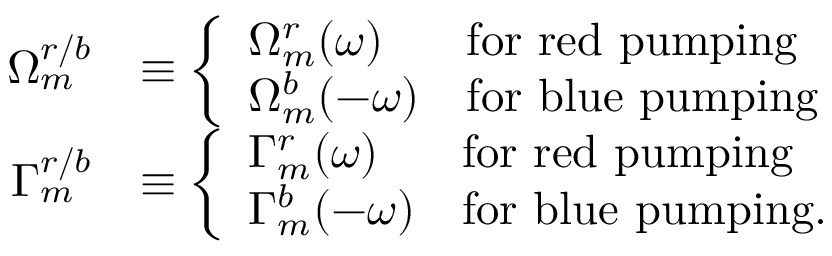
\begin{array} { r l } { \Omega _ { m } ^ { r / b } } & { \equiv \left\{ \begin{array} { l l } { \Omega _ { m } ^ { r } ( \omega ) } & { \mathrm { f o r ~ r e d ~ p u m p i n g } } \\ { \Omega _ { m } ^ { b } ( - \omega ) } & { \mathrm { f o r ~ b l u e ~ p u m p i n g } } \end{array} \right. } \\ { \Gamma _ { m } ^ { r / b } } & { \equiv \left\{ \begin{array} { l l } { \Gamma _ { m } ^ { r } ( \omega ) } & { \mathrm { f o r ~ r e d ~ p u m p i n g } } \\ { \Gamma _ { m } ^ { b } ( - \omega ) } & { \mathrm { f o r ~ b l u e ~ p u m p i n g . } } \end{array} \right. } \end{array}